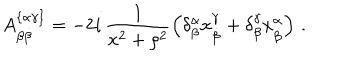
A _ { \beta \dot { \beta } } ^ { \{ \alpha \gamma \} } = - 2 i \, \frac { 1 } { x ^ { 2 } + \rho ^ { 2 } } \left( \delta _ { \beta } ^ { \alpha } x _ { \dot { \beta } } ^ { \gamma } + \delta _ { \beta } ^ { \gamma } x _ { \dot { \beta } } ^ { \alpha } \right) \, .